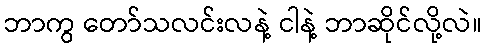
ဘာကွ တော်သလင်းလနဲ့ ငါနဲ့ ဘာဆိုင်လို့လဲ။